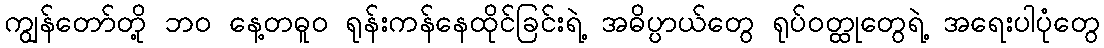
ကျွန်တော်တို့ ဘဝ နေ့တဓူဝ ရုန်းကန်နေထိုင်ခြင်းရဲ့ အဓိပ္ပာယ်တွေ ရုပ်ဝတ္ထုတွေရဲ့ အရေးပါပုံတွေ